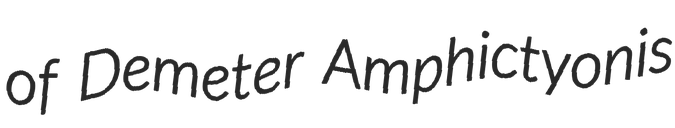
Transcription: of Demeter Amphictyonis